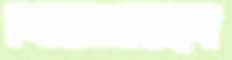
খিঁচিতেছেন